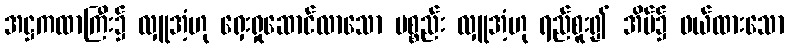
အဋ္ဌကထာကြီး၌ လှူအံ့ဟု ရှေးရှုဆောင်လာသော ပစ္စည်း လှူအံ့ဟု ရည်စူး၍ အိမ်၌ ဖယ်ထားသော